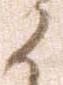
候